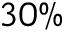
3 0 \%